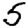
Digit: 5